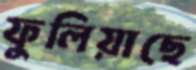
ফুলিয়াছে